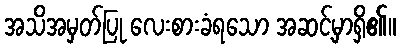
အသိအမှတ်ပြု လေးစားခံရသော အဆင့်မှာရှိ၏။